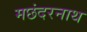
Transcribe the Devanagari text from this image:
मछंदरनाथ